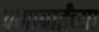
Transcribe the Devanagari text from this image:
वेणाबाईंच्या